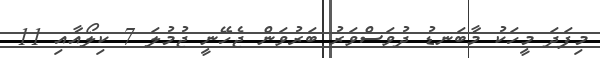
މިފަދަ މީހަކު މާބަނޑު ދުވަސްވަރު ބަރުވަން ޖެހޭނީ ޖުމުލަ 7 ކިލޯއާއި 11